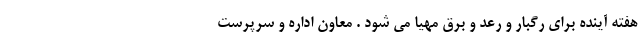
هفته آینده برای رگبار و رعد و برق مهیا می شود . معاون اداره و سرپرست